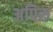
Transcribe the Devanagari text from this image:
अपिरु